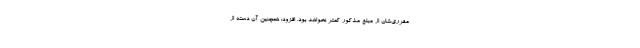
مقرری‌شان از مبلغ مذکور کمتر نخواهد بود، افزود: همچنین آن دسته از